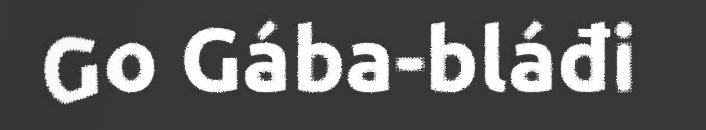
Go Gába-bláđi